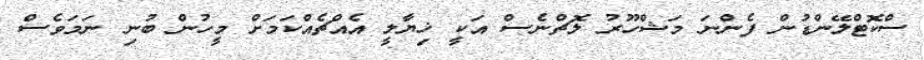
ސްކޮޓްލޭންޑުން ފެންނަ މަޝްހޫރު ލޮޗްނެސް އަކީ ޚިޔާލީ އެއްޗެއްކަމަށް މީހުން ބުނި ނަމަވެސް